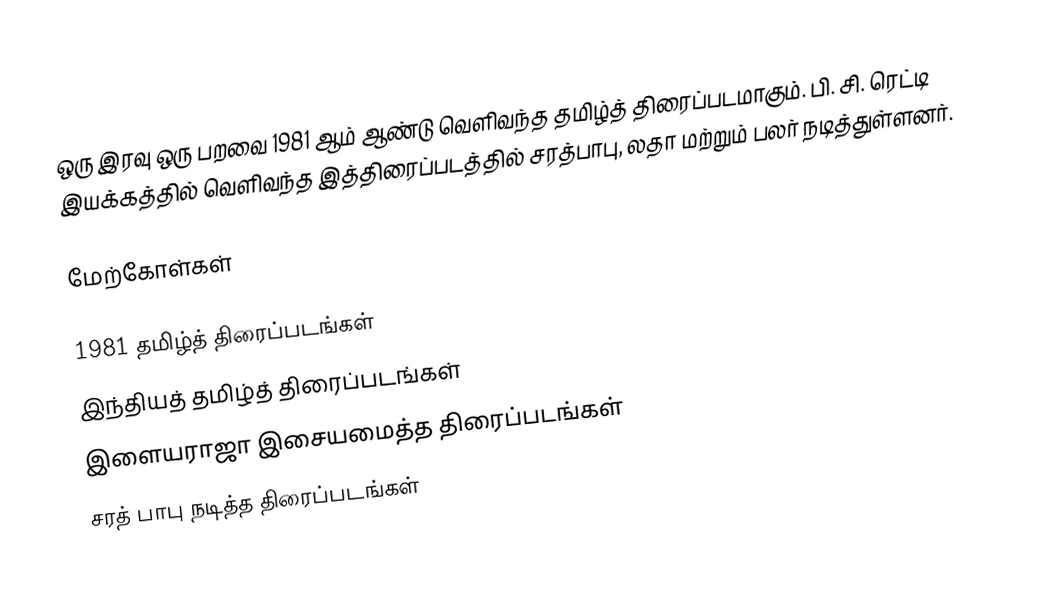
ஒரு இரவு ஒரு பறவை 1981 ஆம் ஆண்டு வெளிவந்த தமிழ்த் திரைப்படமாகும். பி. சி. ரெட்டி இயக்கத்தில் வெளிவந்த இத்திரைப்படத்தில் சரத்பாபு, லதா மற்றும் பலர் நடித்துள்ளனர்.

மேற்கோள்கள்

1981 தமிழ்த் திரைப்படங்கள்
இந்தியத் தமிழ்த் திரைப்படங்கள்
இளையராஜா இசையமைத்த திரைப்படங்கள்
சரத் பாபு நடித்த திரைப்படங்கள்